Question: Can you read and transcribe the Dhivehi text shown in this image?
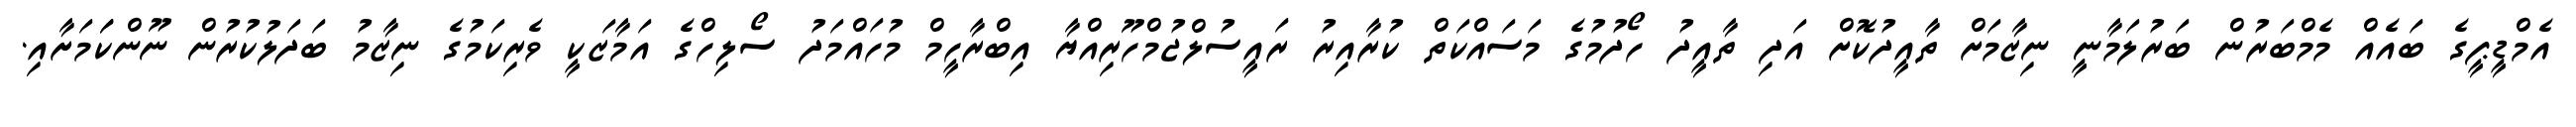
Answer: އެމްޑީޕީގެ ބައެއް މެމްބަރުން ބަރުލަމާނީ ނިޒާމަށް ތާއީދުކޮށް އަދި ތާއީދު ހޯދުމުގެ މަސައްކަތް ކުރާއިރު ރައީސުލްޖުމްހޫރިއްޔާ އިބްރާހީމް މުހައްމަދު ސޯލިހްގެ އަމާޒަކީ ވެރިކަމުގެ ނިޒާމު ބަދަލުކުރުން ނޫންކަަމަށާއި.